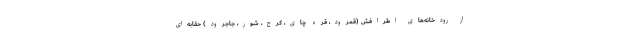
از رودخانه‌های اطرافش (قمرود، قره چای، کرج، شور، جاجرود) حقابه‌ای